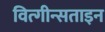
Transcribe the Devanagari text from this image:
वित्गीन्सताइन